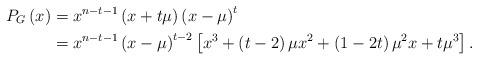
LaTeX: \begin{align*}P_G\left(x\right) & = x^{n-t-1}\left(x+t\mu\right) \left(x-\mu\right)^t\\ & = x^{n-t-1}\left(x-\mu\right)^{t-2}\left[x^3+\left(t-2\right)\mu x^2+\left(1-2t\right)\mu^2 x+t\mu^3\right].\end{align*}